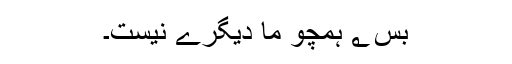
بس ؂ ہمچو ما دیگرے نیست۔